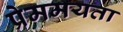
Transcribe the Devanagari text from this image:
प्रेममयता